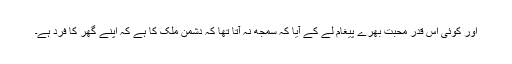
اور کوئی اس قدر محبت بھرے پیغام لے کے آیا کہ سمجھ نہ آتا تھا کہ دشمن ملک کا ہے کہ اپنے گھر کا فرد ہے۔